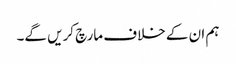
ہم ان کے خلاف مارچ کریں گے۔